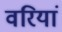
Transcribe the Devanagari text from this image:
वरियां